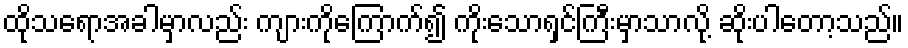
ထိုသရောအခါမှာလည်း ကျားကိုကြောက်၍ ကိုးသောရှင်ကြီးမှာသာလို့ ဆိုးပါတော့သည်။